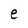
Character: e